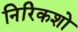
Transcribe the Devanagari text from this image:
निरिकशो